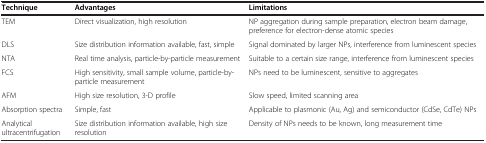
| Technique | Advantages | Limitations |
 | --- | --- | --- |
 | TEM | Direct visualization, high resolution | NP aggregation during sample preparation, electron beam damage, preference for electron-dense atomic species |
 | DLS | Size distribution information available, fast, simple | Signal dominated by larger NPs, interference from luminescent species |
 | NTA | Real time analysis, particle-by-particle measurement | Suitable to a certain size range, interference from luminescent species |
 | FCS | High sensitivity, small sample volume, particle-by-particle measurement | NPs need to be luminescent, sensitive to aggregates |
 | AFM | High size resolution, 3-D profile | Slow speed, limited scanning area |
 | Absorption spectra | Simple, fast | Applicable to plasmonic (Au, Ag) and semiconductor (CdSe, CdTe) NPs |
 | Analytical ultracentrifugation | Size distribution information available, high size resolution | Density of NPs needs to be known, long measurement time |